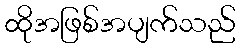
ထိုအဖြစ်အပျက်သည်